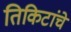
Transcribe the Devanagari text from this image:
तिकिटांचे